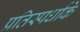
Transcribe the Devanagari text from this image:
प्रतिस्पर्धाके